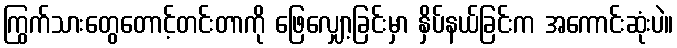
ကြွက်သားတွေတောင့်တင်းတာကို ဖြေလျှော့ခြင်းမှာ နှိပ်နယ်ခြင်းက အကောင်းဆုံးပဲ။